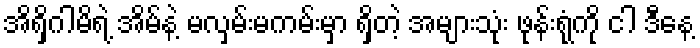
အိရှိဂါမိရဲ့ အိမ်နဲ့ မလှမ်းမကမ်းမှာ ရှိတဲ့ အများသုံး ဖုန်းရုံကို ငါ ဒီနေ့